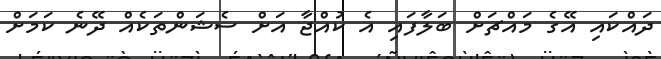
ދައްކައި އޭގެ މައްޗަށް ބަލާފައި އެ ކުއްޖާ އަށް ސެޝަންތަކެއް ދޭނެ ކަމަށް